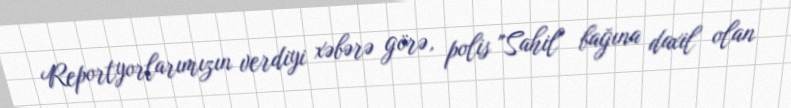
Reportyorlarımızın verdiyi xəbərə görə, polis "Sahil" bağına daxil olan